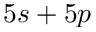
5 s + 5 p